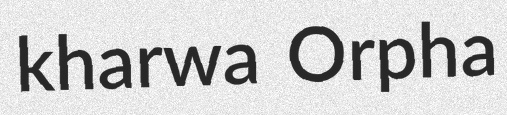
kharwa Orpha